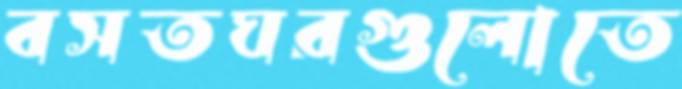
বসতঘরগুলোতে